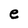
Character: e